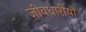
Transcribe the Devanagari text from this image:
जीवधारीयों